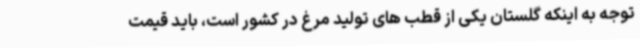
توجه به اینکه گلستان یکی از قطب های تولید مرغ در کشور است، باید قیمت